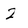
Character: 2